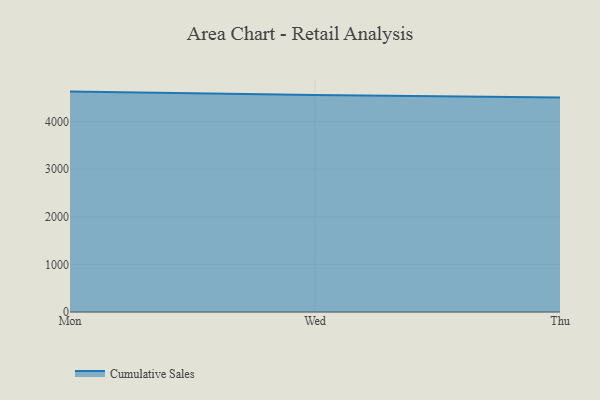
{"axis": {"x": "Day", "y": "Page Views"}, "legend": ["Cumulative Sales"], "data": [{"x": "Mon", "y": 4631.5, "type": "Cumulative Sales"}, {"x": "Wed", "y": 4561.9, "type": "Cumulative Sales"}, {"x": "Thu", "y": 4510.0, "type": "Cumulative Sales"}]}